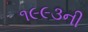
૧૯૯૩ની